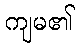
ကျမ၏